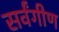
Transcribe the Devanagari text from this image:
सर्वंगीण